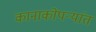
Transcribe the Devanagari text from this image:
कानाकोपऱ्यांत